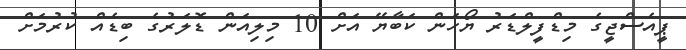
ޕީއެސްޖީގެ މިޑްފީލްޑަރު ޔޯހަން ކަބާޔޭ އަށް 10 މިލިއަން ޑޮލަރުގެ ބިޑެއް ކުރުމަށް